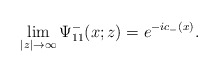
\begin{align*}\lim_{|z|\rightarrow\infty}\Psi^-_{11}(x;z)= e^{-ic_-(x)}. \end{align*}